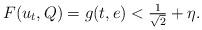
LaTeX: \begin{align*}F(u_t,Q)=g(t,e)< \tfrac{1}{\sqrt{2}}+\eta.\end{align*}